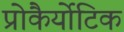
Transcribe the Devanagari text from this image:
प्रोकैर्योटिक